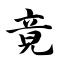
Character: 竟